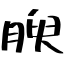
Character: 腴